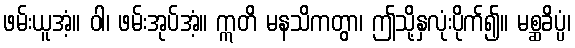
ဖမ်းယူအံ့။ ဝါ၊ ဖမ်းအုပ်အံ့။ ဣတိ မနသိကတွာ၊ ဤသို့နှလုံးပိုက်၍။ မစ္ဆခိပ္ပံ၊